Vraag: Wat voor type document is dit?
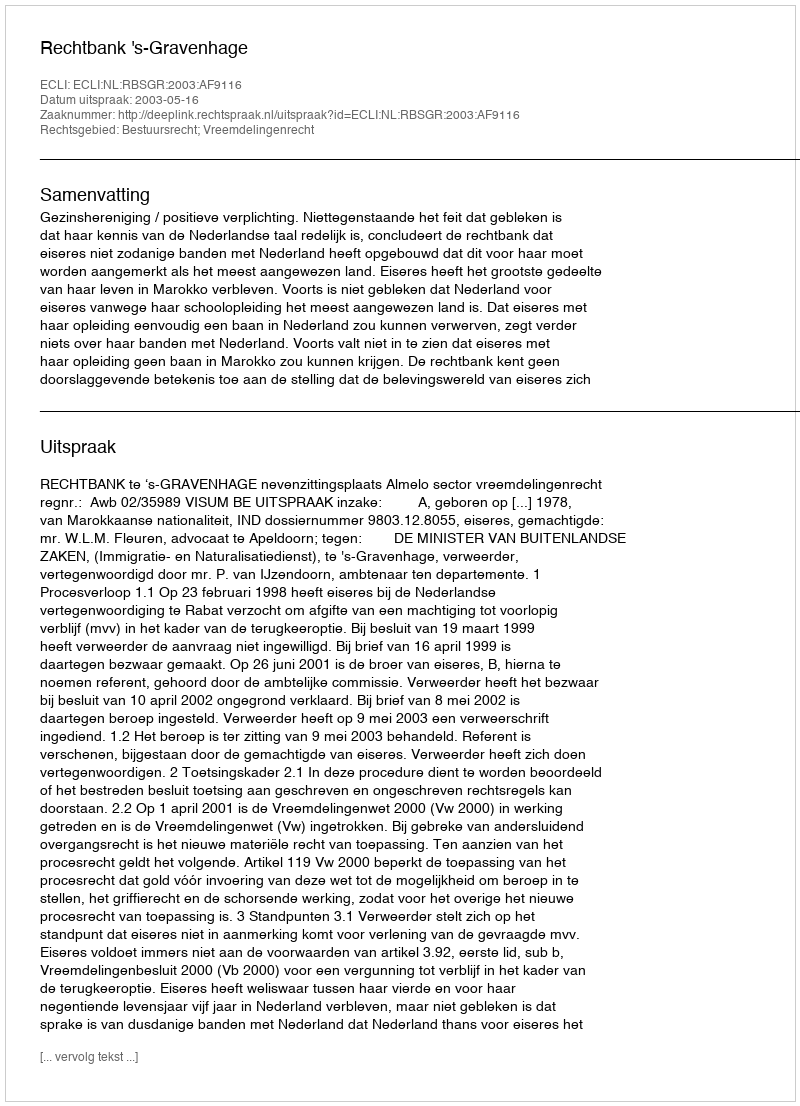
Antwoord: Uitspraak